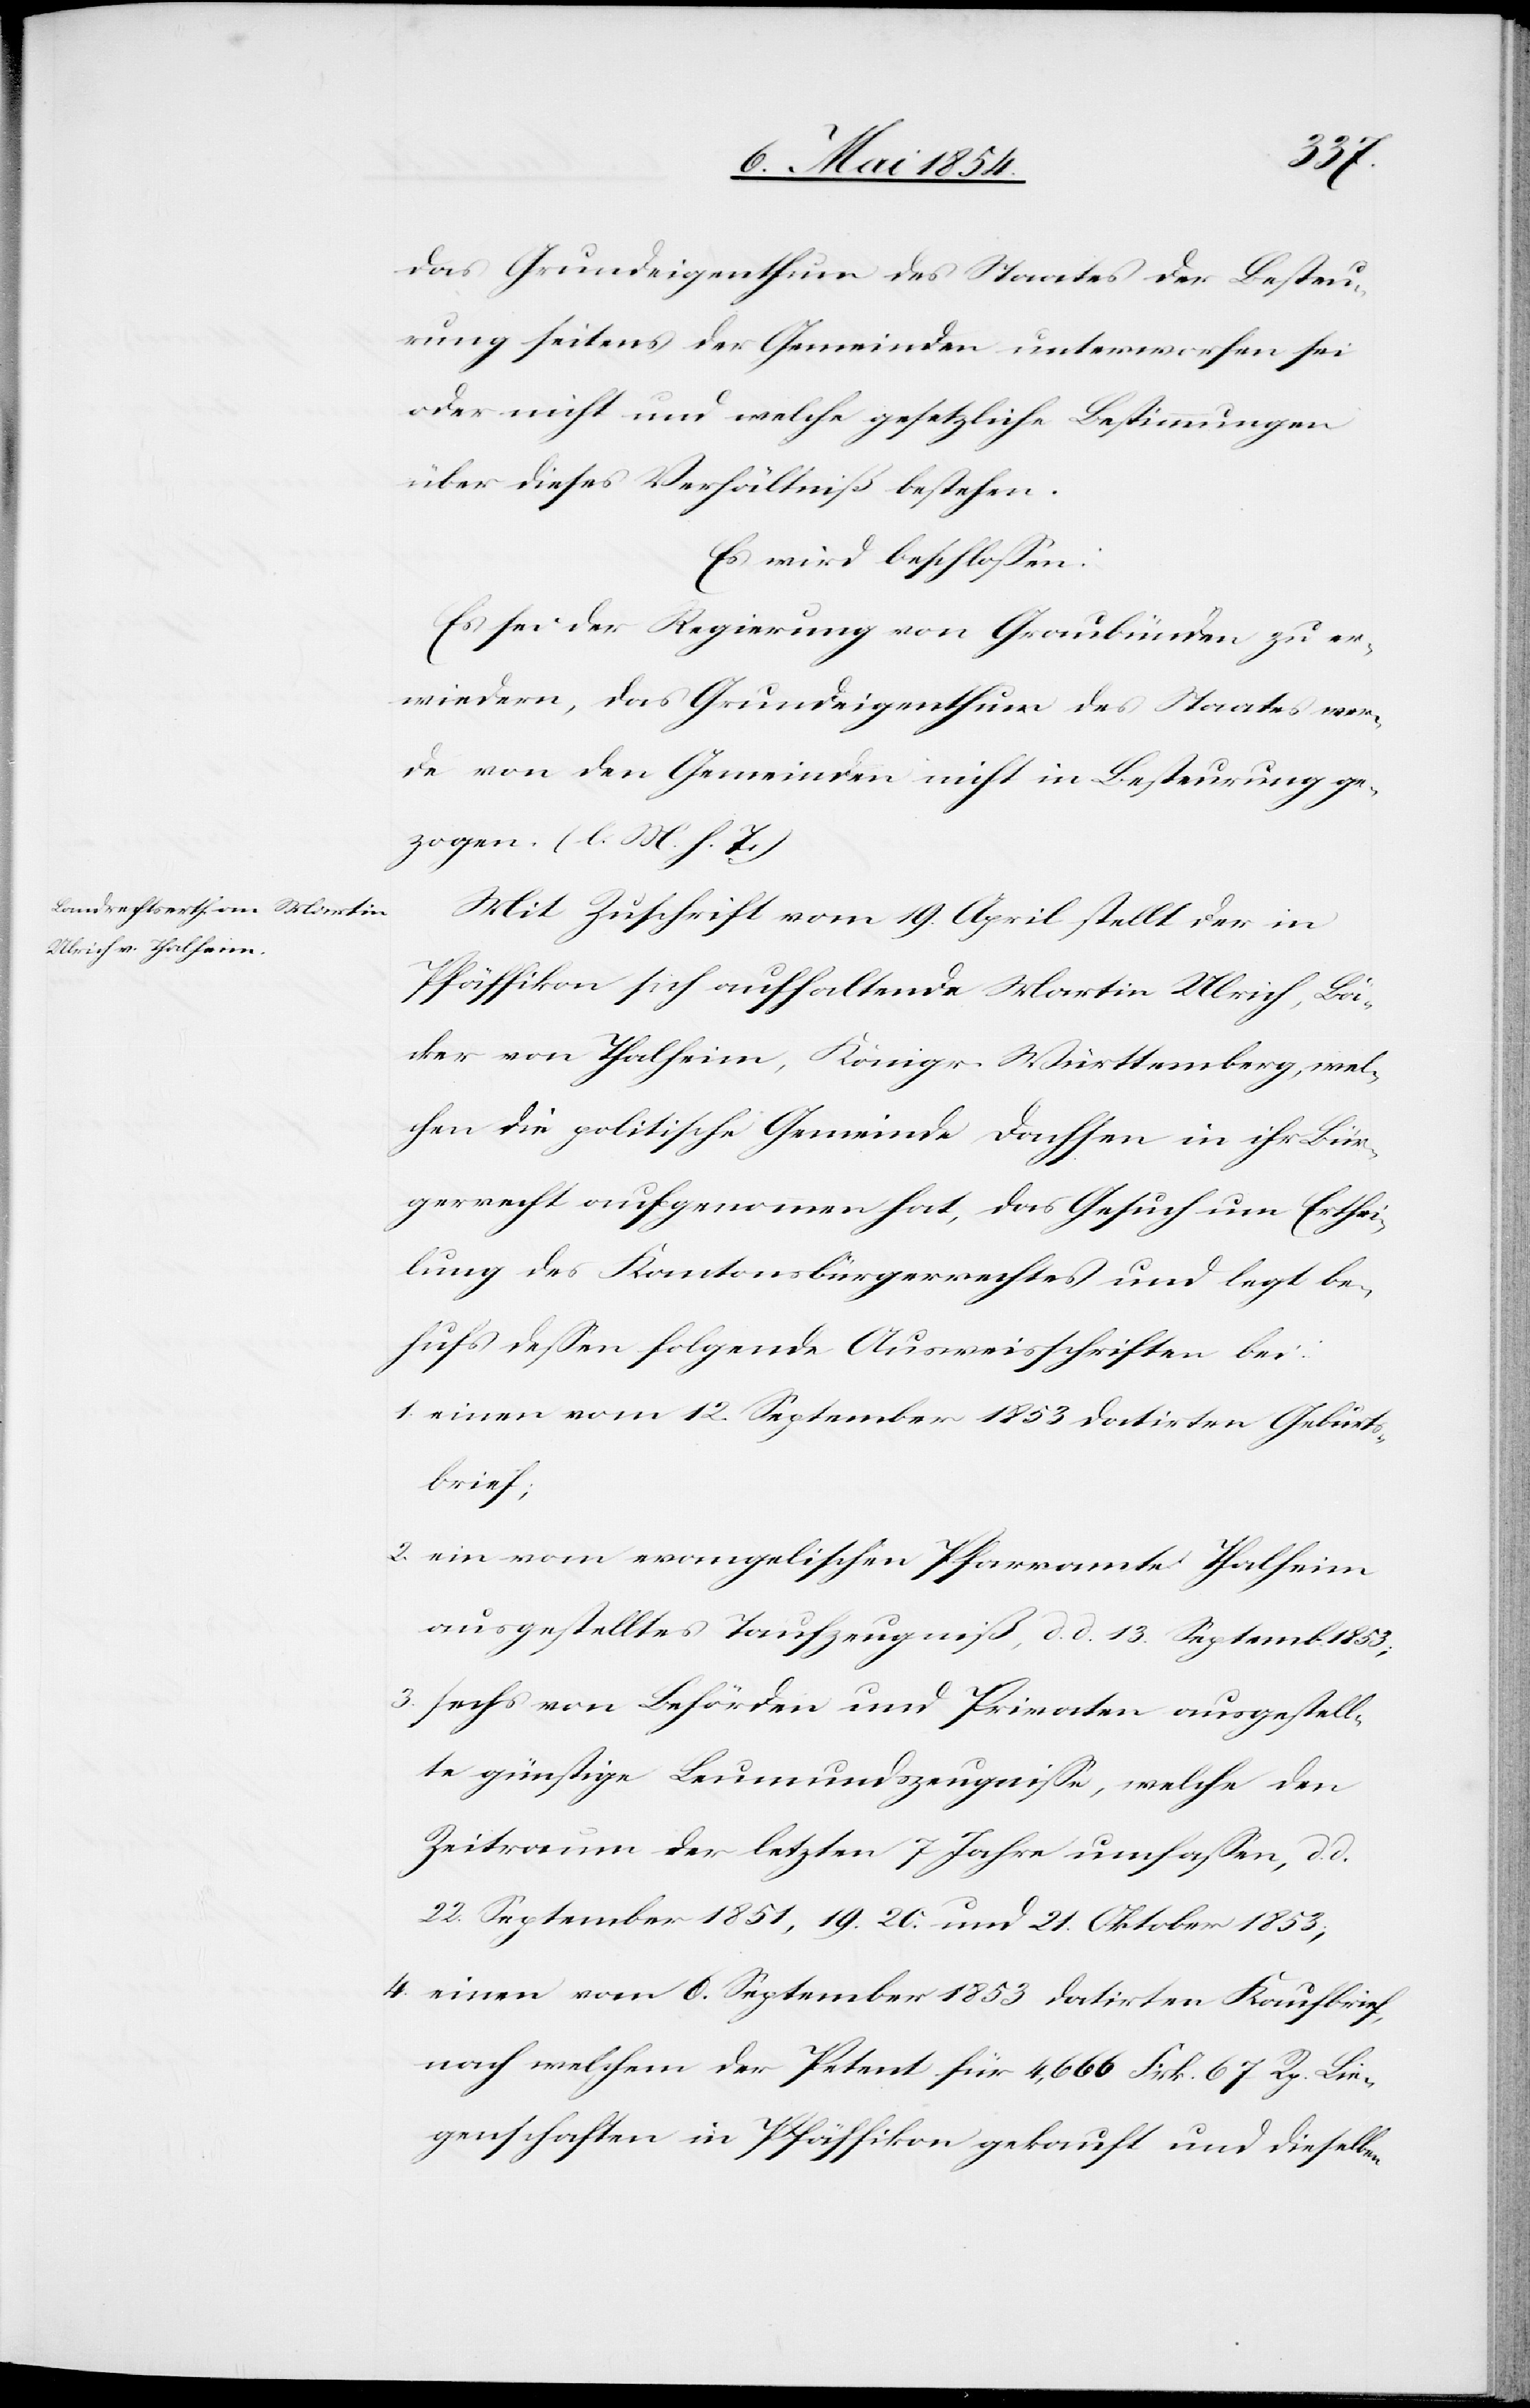
das Grundeigenthum des Staates der Besteu¬
rung seitens der Gemeinden unterworfen sei
oder nicht und welche gesetzliche Bestimmungen
über dieses Verhältniß bestehen.
Es wird beschloßen:
Es sei der Regierung von Graubünden zu er¬
wiedern, das Grundeigenthum des Staates wer¬
de von den Gemeinden nicht in Besteurung ge¬
zogen. (l. M. h. T.)
Mit Zuschrift vom 19. April stellt der in
Pfäffikon sich aufhaltende Martin Ulrich, Bä¬
cker von Thalheim, Königr. Württemberg, wel¬
chen die politische Gemeinde Dachsen in ihr Bür¬
gerrecht aufgenommen hat, das Gesuch um Erthei¬
lung des Kantonsbürgerrechtes und legt be¬
hufs deßen folgende Ausweisschriften bei:
1. einen vom 12. September 1853 datirten Geburts¬
brief;
2. ein vom evangelischen Pfarramte Thalheim
ausgestelltes Taufzeugniß, d. d. 13. Septemb.
3. sechs von Behörden und Privaten ausgestell¬
te günstige Leumundszeugniße, welche den
Zeitraum der letzten 7 Jahre umfaßen, d.
22. September 1851, 19.[,] 20. und 21. Oktober 1853;
4. einen vom 6. September 1853 datirten Kaufbrief,
nach welchem der Petent für 4,666 Frk. 67 Rp. Lie¬
genschaften in Pfäffikon gekauft und dieselben